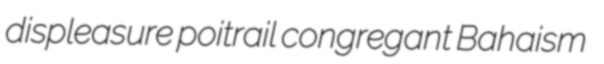
displeasure poitrail congregant Bahaism